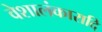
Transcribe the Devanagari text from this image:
वेशालंकारादि